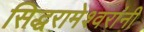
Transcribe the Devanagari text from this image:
सिद्धरामेश्वरांनी